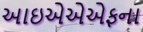
આઇએએએફના